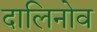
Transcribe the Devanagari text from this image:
दालिनोव